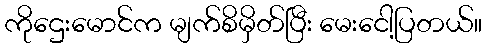
ကိုဌေးမောင်က မျက်စိမှိတ်ပြီး မေးငေါ့ပြတယ်။